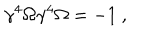
\gamma ^ { 4 } \Omega \gamma ^ { 4 } \Omega = - 1 ~ ,